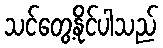
သင်တွေ့နိုင်ပါသည်